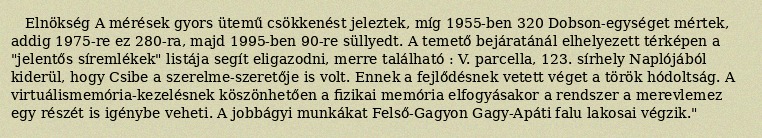
Elnökség A mérések gyors ütemű csökkenést jeleztek, míg 1955-ben 320 Dobson-egységet mértek, addig 1975-re ez 280-ra, majd 1995-ben 90-re süllyedt. A temető bejáratánál elhelyezett térképen a "jelentős síremlékek" listája segít eligazodni, merre található : V. parcella, 123. sírhely Naplójából kiderül, hogy Csibe a szerelme-szeretője is volt. Ennek a fejlődésnek vetett véget a török hódoltság. A virtuálismemória-kezelésnek köszönhetően a fizikai memória elfogyásakor a rendszer a merevlemez egy részét is igénybe veheti. A jobbágyi munkákat Felső-Gagyon Gagy-Apáti falu lakosai végzik."